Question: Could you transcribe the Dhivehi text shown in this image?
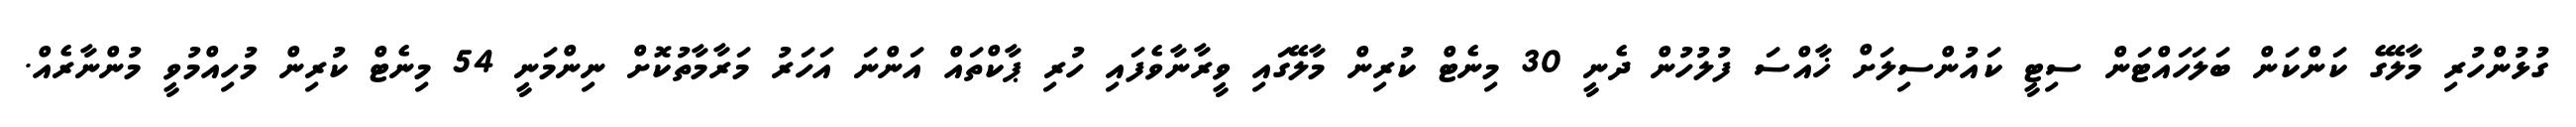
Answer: ގުޅުންހުރި މާލޭގެ ކަންކަން ބަލަހައްޓަން ސިޓީ ކައުންސިލަށް ޚާއްސަ ފުލުހުން ދެނީ 30 މިނެޓް ކުރިން މާލޭގައި ވީރާނާވެފައި ހުރި ޕާކްތައް އަންނަ އަހަރު މަރާމާތުކޮށް ނިންމަނީ 54 މިނެޓް ކުރިން މުހިއްމުވީ މުންނާރެއް.